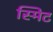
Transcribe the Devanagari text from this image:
स्मिट